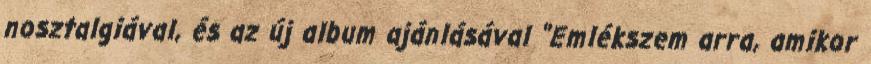
nosztalgiával, és az új album ajánlásával "Emlékszem arra, amikor